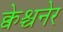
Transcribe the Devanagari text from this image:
क्वेश्चनेर